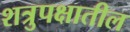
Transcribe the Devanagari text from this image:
शत्रुपक्षातील